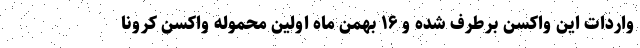
واردات این واکسن برطرف شده و ۱۶ بهمن ماه اولین محموله واکسن کرونا